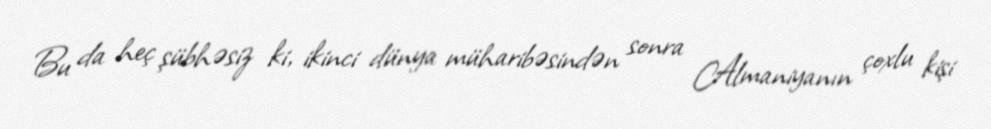
Bu da heç şübhəsiz ki, ikinci dünya müharibəsindən sonra Almaniyanın çoxlu kişi